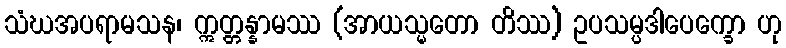
သံဃအပရာမသန၊ ဣတ္တန္နာမဿ (အာယသ္မတော တိဿ) ဥပသမ္ပဒါပေက္ခော ဟု